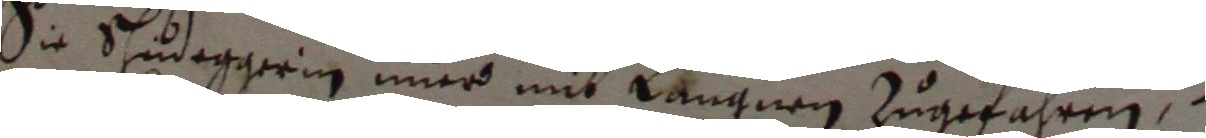
Sie Sudaggerin nner mit langnen zugefahren.